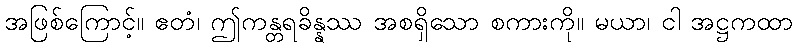
အဖြစ်ကြောင့်။ ဧတံ၊ ဤကန္တရခိန္နဿ အစရှိသော စကားကို။ မယာ၊ ငါ အဋ္ဌကထာ